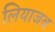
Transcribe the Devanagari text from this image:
लियाजब